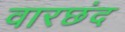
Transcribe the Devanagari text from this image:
वारछंद